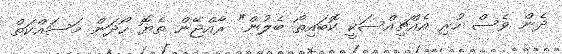
ދެން ވެސް ހުރި އެއްޗިއްސަކީ ކޮބައިތޯ ބެލުން" ރާއްޖޭން ތެޔޮ ހޯދަން މަސައްކަތް